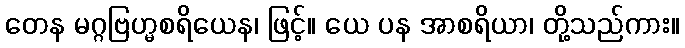
တေန မဂ္ဂဗြဟ္မစရိယေန၊ ဖြင့်။ ယေ ပန အာစရိယာ၊ တို့သည်ကား။